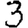
Digit: 3